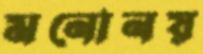
মনোনয়